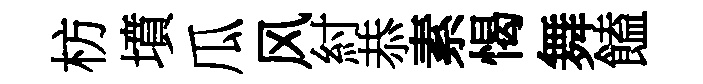
枋墳瓜风紂恭素愒舞饁